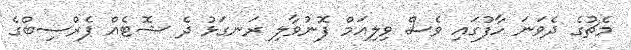
މެޗުގެ ދެވަނަ ހާފުގައި ވެސް ވިލިއަމް ފޮނުވާލި ރަނގަޅު ދެ ޝޮޓެއް ޕެރްސިބްގެ